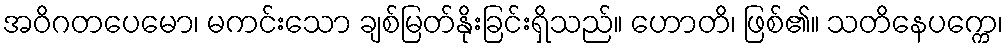
အဝိဂတပေမော၊ မကင်းသော ချစ်မြတ်နိုးခြင်းရှိသည်။ ဟောတိ၊ ဖြစ်၏။ သတိနေပက္ကေ၊